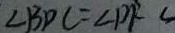
\angle B D C = \angle D F C